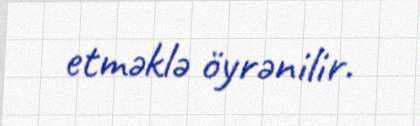
etməklə öyrənilir.